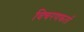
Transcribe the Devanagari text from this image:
विचरणकर्ता